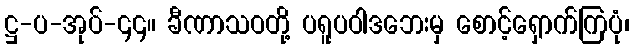
ဋ္ဌ-ပ-အုပ်-၄၄။ ခီဏာသဝတို့ ပရူပဝါဒဘေးမှ စောင့်ရှောက်ကြပုံ၊